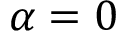
\alpha = 0